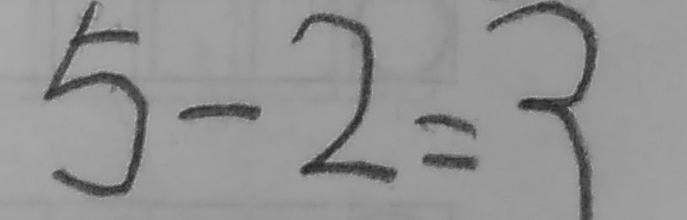
5 - 2 = 3